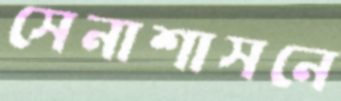
সেনাশাসনে